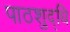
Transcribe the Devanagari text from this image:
पाठशुद्धि